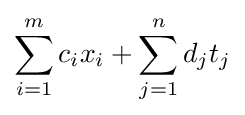
\sum _{i=1}^{m}c_{i}x_{i}+\sum _{j=1}^{n}d_{j}t_{j}